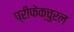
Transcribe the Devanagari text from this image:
प्रीफेक्चुरल